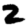
Digit: 2